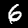
Label: 6